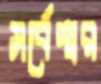
সর্বেশ্বর